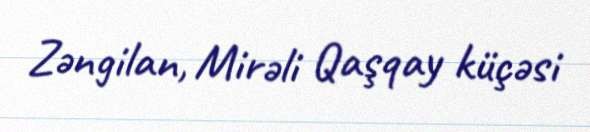
Zəngilan, Mirəli Qaşqay küçəsi